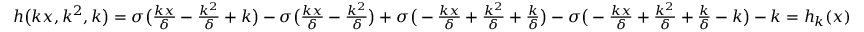
\begin{array} { r } { h \big ( k x , k ^ { 2 } , k \big ) = \sigma \big ( \frac { k x } { \delta } - \frac { k ^ { 2 } } { \delta } + k \big ) - \sigma \big ( \frac { k x } { \delta } - \frac { k ^ { 2 } } { \delta } \big ) + \sigma \big ( - \frac { k x } { \delta } + \frac { k ^ { 2 } } { \delta } + \frac { k } { \delta } \big ) - \sigma \big ( - \frac { k x } { \delta } + \frac { k ^ { 2 } } { \delta } + \frac { k } { \delta } - k \big ) - k = h _ { k } ( x ) } \end{array}